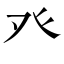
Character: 癶